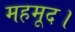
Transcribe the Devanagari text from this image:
महमूद।